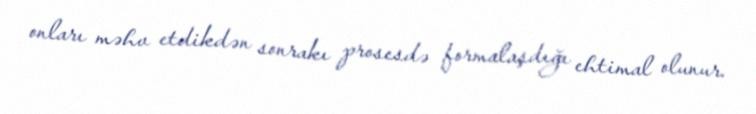
onları məhv etdikdən sonrakı prosesdə formalaşdığı ehtimal olunur.